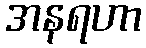
အနရဟာ